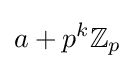
a+p^{k}\mathbb {Z} _{p}